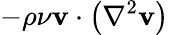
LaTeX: -\rho\nu\mathbf{v}\cdot\left(\nabla^{2}\mathbf{v}\right)